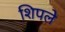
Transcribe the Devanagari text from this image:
शिपले